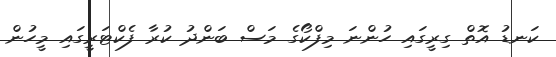
ކަނޑު އޮތް ގިރީގައި ހުންނަ މިފްކޯގެ މަސް ބަންދު ކުރާ ފެކްޓަރީގައި މީހުން